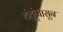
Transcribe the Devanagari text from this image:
तंतूंपासून